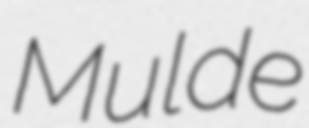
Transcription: Mulde